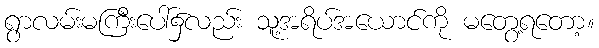
ရွာလမ်းမကြီးပေါ်၌လည်း သူ့အရိပ်အယောင်ကို မတွေ့ရတော့။